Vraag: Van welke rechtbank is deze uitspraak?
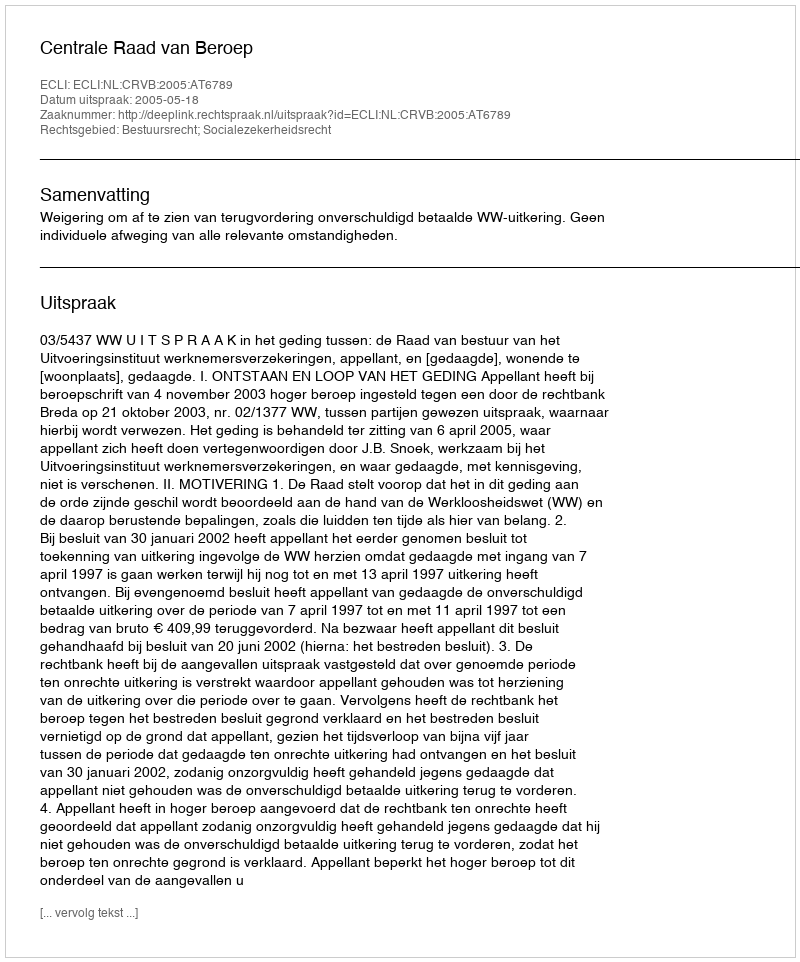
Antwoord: Centrale Raad van Beroep